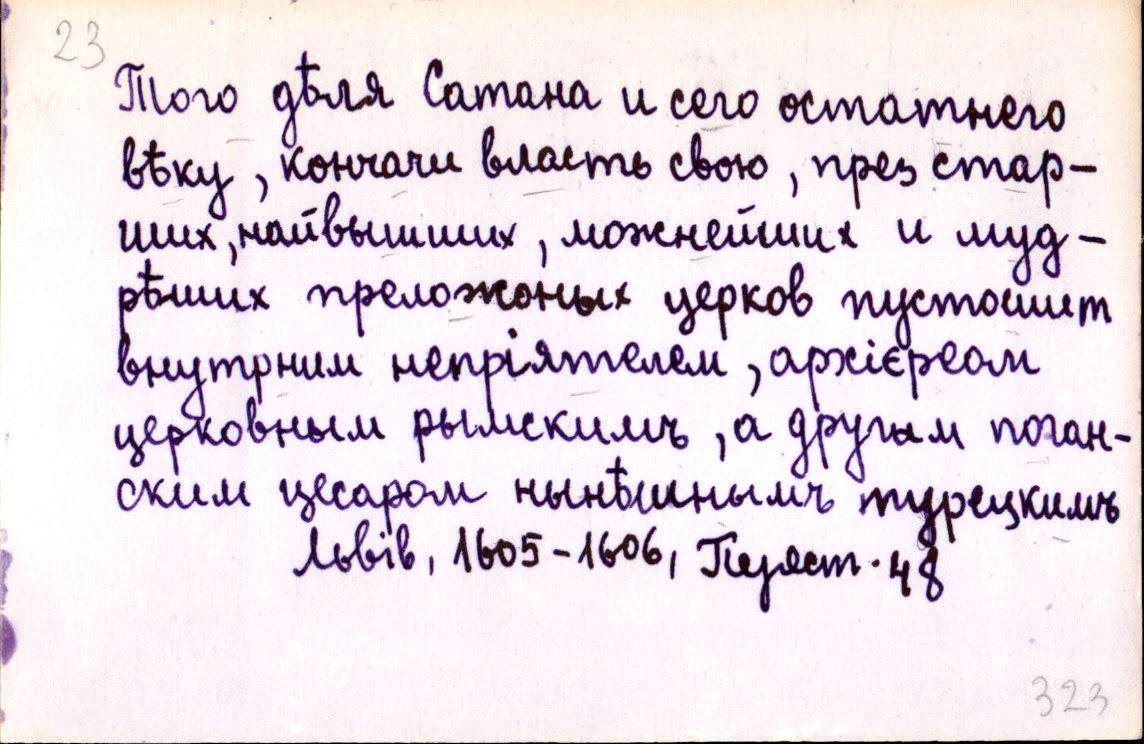
Того дѣля Сатана и сего остатнего
вѣку, кончачи власть свою, през стар-
ших, найвышших, можнейших и муд-
рѣших преложоных церков пустошит
внутрним непріятелем, архієреом
церковным рымскимъ, а другым поган-
ским цесаром нынѣшнымъ турецкимъ
Львів, 1605-1606, Перест. 48